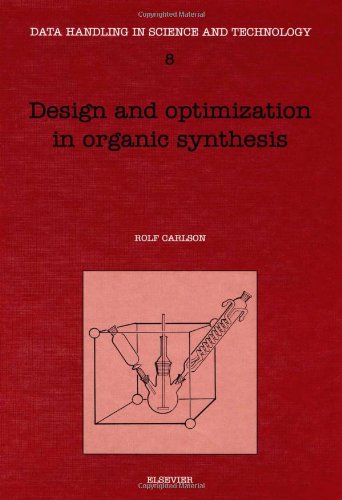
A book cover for Design and Optimization in Organic Synthesis, Third Edition (Data Handling in Science and Technology); R. Carlson; Science & Math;